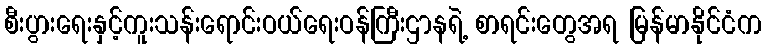
စီးပွားရေးနှင့်ကူးသန်းရောင်းဝယ်ရေးဝန်ကြီးဌာနရဲ့ စာရင်းတွေအရ မြန်မာနိုင်ငံက